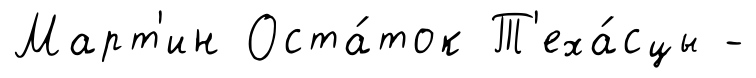
Март'ин Оста́ток Т'еха́сцы -